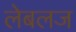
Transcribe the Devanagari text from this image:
लेबलज